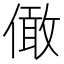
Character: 㒈